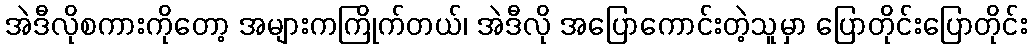
အဲဒီလိုစကားကိုတော့ အများကကြိုက်တယ်၊ အဲဒီလို အပြောကောင်းတဲ့သူမှာ ပြောတိုင်းပြောတိုင်း